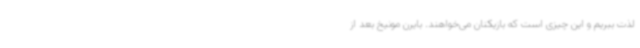
لذت ببریم و این چیزی است که بازیکنان می‌خواهند. بایرن مونیخ بعد از